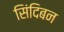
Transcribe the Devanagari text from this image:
सिंदिबन